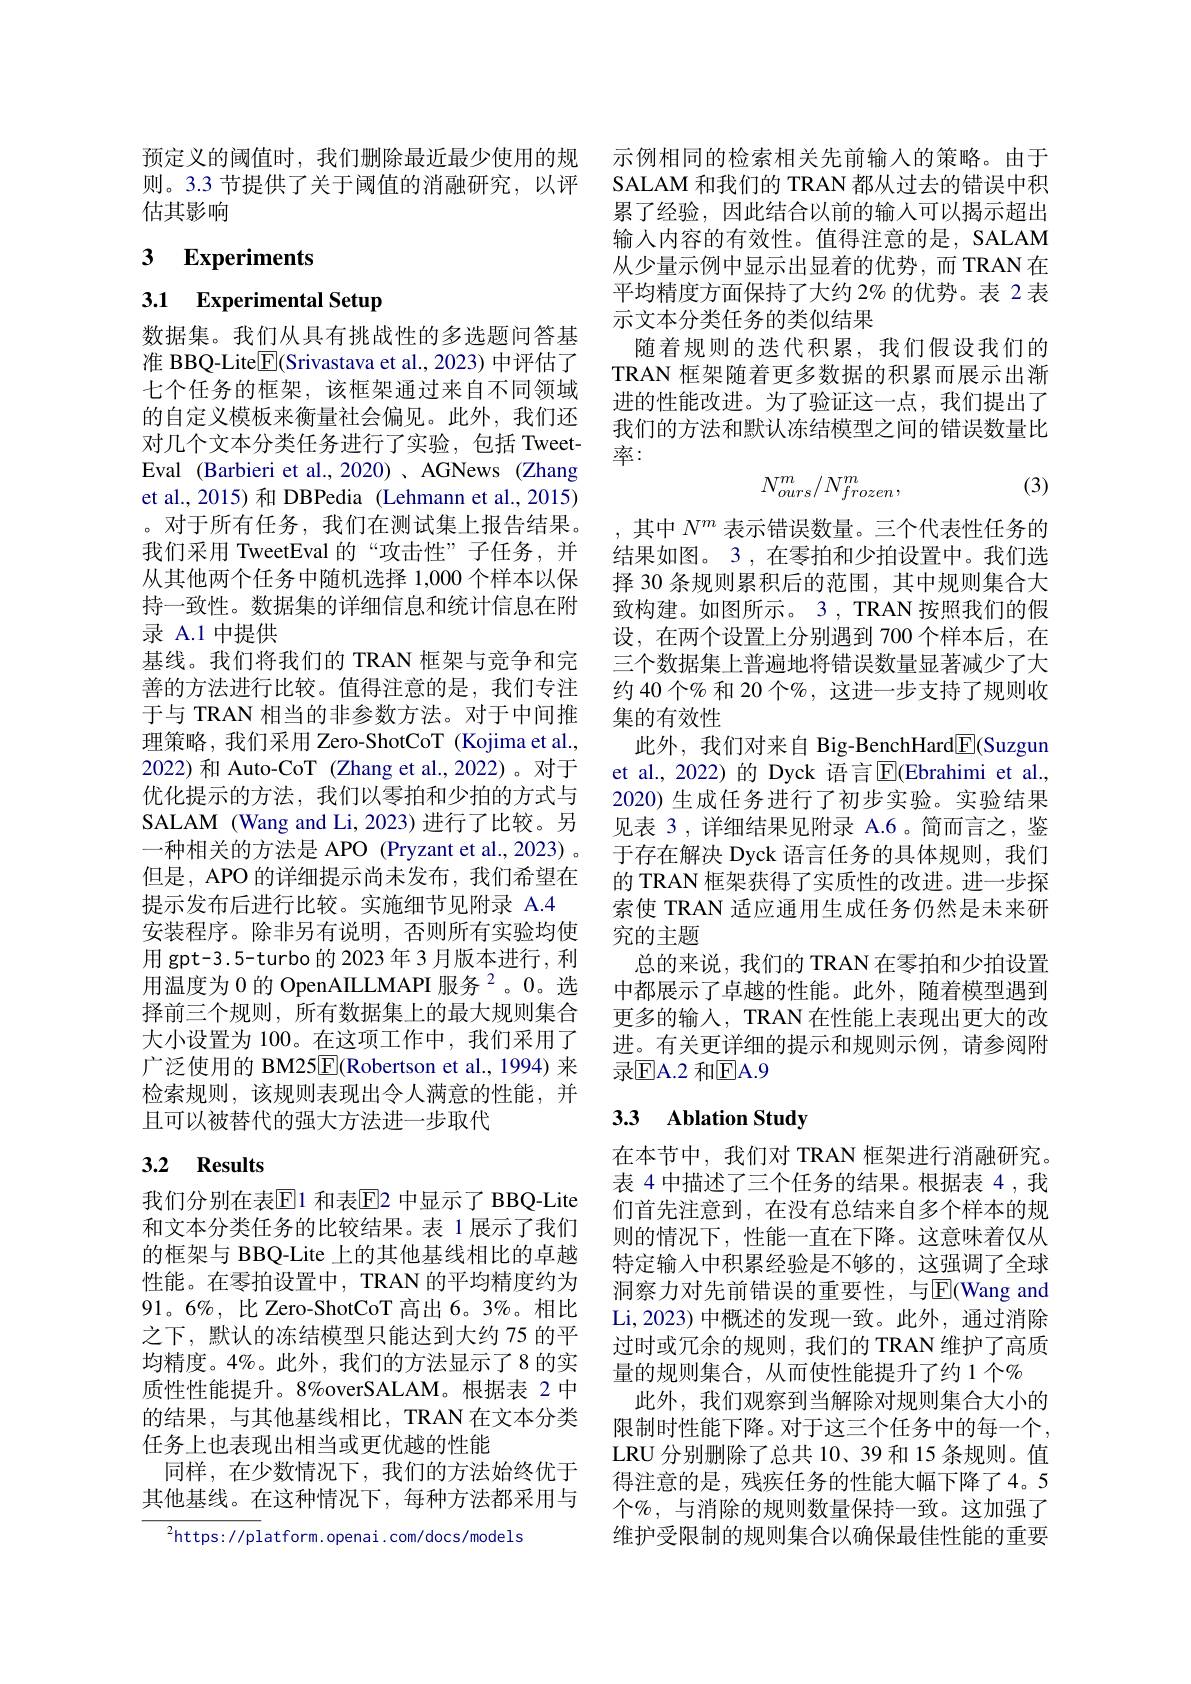
预定义的阈值时，我们删除最近最少使用的规 示例相同的检索相关先前输入的策略。由于
则。3.3 节提供了关于阈值的消融研究，以评
估其影响

# 3 Experiments

# 3.1 Experimental Setup

数据集。我们从具有挑战性的多选题问答基准 BBQ-Lite[E](Srivastava et al., 2023) 中评估了七个任务的框架，该框架通过来自不同领域的自定义模板来衡量社会偏见。此外，我们还对几个文本分类任务进行了实验，包括 TweetEval (Barbieri et al., 2020)、AGNews (Zhang et al., 2015) 和 DBPedia (Lehmann et al., 2015) 。对于所有任务，我们在测试集上报告结果。我们采用 TweetEval 的“攻击性”子任务，并从其他两个任务中随机选择 1,000 个样本以保持一致性。数据集的详细信息和统计信息在附录 A.1 中提供
基线。我们将我们的 TRAN 框架与竞争和完善的方法进行比较。值得注意的是，我们专注于与 TRAN 相当的非参数方法。对于中间推理策略，我们采用 Zero-ShotCoT (Kojima et al., 2022)和 Auto-CoT (Zhang et al.,2022)。对于优化提示的方法，我们以零拍和少拍的方式与SALAM (Wang and Li, 2023) 进行了比较。另一种相关的方法是 APO (Pryzant et al.,2023) 。但是，APO 的详细提示尚未发布，我们希望在提示发布后进行比较。实施细节见附录 A.4
安装程序。除非另有说明，否则所有实验均使用 gpt-3.5-turbo 的 2023 年 3 月版本进行，利用温度为 0 的 OpenAILLMAPI 服务 2。0。选择前三个规则，所有数据集上的最大规则集合大小设置为 100。在这项工作中，我们采用了广泛使用的 BM25$\overline{\mathrm{E}}($Robertson et al.,1994) 来检索规则，该规则表现出令人满意的性能，并且可以被替代的强大方法进一步取代

## 3.2 Results

我们分别在表$\mathbb{E}$1 和表$\mathbb{E}$2 中显示了 BBQ-Lite 和文本分类任务的比较结果。表 1 展示了我们的框架与 BBQ-Lite 上的其他基线相比的卓越性能。在零拍设置中，TRAN 的平均精度约为91。6%, 比 Zero-ShotCoT 高出 6。3%。相比之下，默认的冻结模型只能达到大约 75 的平均精度。4%。此外，我们的方法显示了8 的实质性性能提升。8%overSALAM。根据表 2 中的结果，与其他基线相比，TRAN 在文本分类任务上也表现出相当或更优越的性能
同样，在少数情况下，我们的方法始终优于其他基线。在这种情况下，每种方法都采用与

$^{2}$https://platform.openai.com/docs/models

SALAM 和我们的 TRAN 都从过去的错误中积累了经验，因此结合以前的输入可以揭示超出输入内容的有效性。值得注意的是，SALAM 从少量示例中显示出显着的优势，而TRAN 在平均精度方面保持了大约 2% 的优势。表 2 表示文本分类任务的类似结果
随着规则的迭代积累，我们假设我们的TRAN 框架随着更多数据的积累而展示出渐进的性能改进。为了验证这一点，我们提出了我们的方法和默认冻结模型之间的错误数量比率：

(3)
$$N_{ours}^m/N_{frozen}^m,$$
,其中$N^m$表示错误数量。三个代表性任务的结果如图。3 , 在零拍和少拍设置中。我们选择 30 条规则累积后的范围，其中规则集合大致构建。如图所示。3 , TRAN 按照我们的假设，在两个设置上分别遇到 700 个样本后，在三个数据集上普遍地将错误数量显著减少了大约 40 个% 和 20 个%, 这进一步支持了规则收集的有效性
此外，我们对来自 Big-BenchHard$\boxed{\mathrm{E}}$(Suzgun et al.,2022)的 Dyck 语言$\overline{\mathrm{E}}($Ebrahimi et al. 2020) 生成任务进行了初步实验。实验结果见表 3 , 详细结果见附录 A.6 。简而言之，鉴于存在解决 Dyck 语言任务的具体规则，我们的 TRAN 框架获得了实质性的改进。进一步探索使 TRAN 适应通用生成任务仍然是未来研究的主题
总的来说，我们的 TRAN 在零拍和少拍设置中都展示了卓越的性能。此外，随着模型遇到更多的输入，TRAN 在性能上表现出更大的改进。有关更详细的提示和规则示例，请参阅附录$\mathbb{E}$A.2 和$\mathbb{E}$A.9

## 3.3 Ablation Study

在本节中，我们对 TRAN 框架进行消融研究。表 4 中描述了三个任务的结果。根据表 4 ,我们首先注意到，在没有总结来自多个样本的规则的情况下，性能一直在下降。这意味着仅从特定输入中积累经验是不够的，这强调了全球洞察力对先前错误的重要性，与$\overline{\mathrm{E}}$(Wang and Li,2023) 中概述的发现一致。此外，通过消除过时或冗余的规则，我们的 TRAN 维护了高质量的规则集合，从而使性能提升了约1个%
此外，我们观察到当解除对规则集合大小的限制时性能下降。对于这三个任务中的每一个， LRU 分别删除了总共 10、39 和 15 条规则。值得注意的是，残疾任务的性能大幅下降了4。5个$\%$, 与消除的规则数量保持一致。这加强了维护受限制的规则集合以确保最佳性能的重要